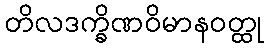
တိလဒက္ခိဏဝိမာနဝတ္ထု